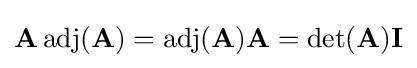
\mathbf {A} \operatorname {adj} (\mathbf {A} )=\operatorname {adj} (\mathbf {A} )\mathbf {A} =\det(\mathbf {A} )\mathbf {I}